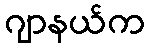
ဂျာနယ်က